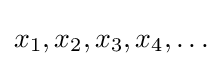
x_{1},x_{2},x_{3},x_{4},\ldots